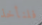
فلنأخذ